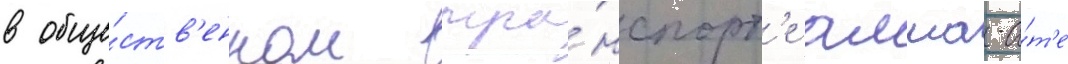
в обще́ств'енном тра́нспорт'е алма-а́т'е